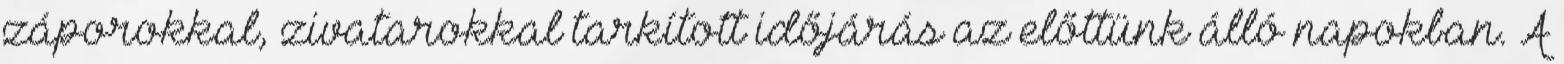
záporokkal, zivatarokkal tarkított időjárás az előttünk álló napokban. A